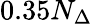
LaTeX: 0.35N_{\Delta}